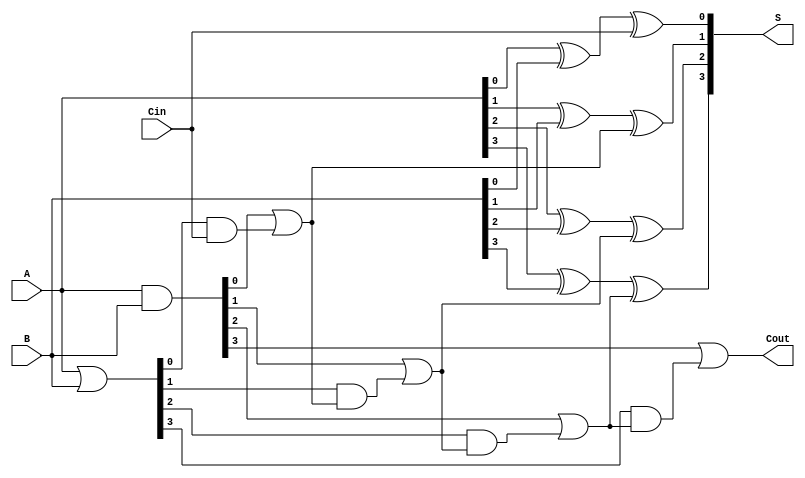
module cla4(A,B,Cin,S,Cout);


    input [3:0] A, B;
    input Cin;
    output [3:0] S;
    output Cout;

    wire [3:0] G, P;
    wire [2:0] Cout_in;

    // CLA block
    assign G = A & B;
    assign P = A | B;
    assign Cout_in[0] = G[0] | (P[0] & Cin); // used blocking assignments so 
                                             // the next statement is correct
    assign Cout_in[1] = G[1] | (P[1] & Cout_in[0]);
    assign Cout_in[2] = G[2] | (P[2] & Cout_in[1]);
    assign Cout = G[3] | (P[3] & Cout_in[2]);

    // S logic
    assign S[0] = A[0] ^ B[0] ^ Cin;
    assign S[1] = A[1] ^ B[1] ^ Cout_in[0];
    assign S[2] = A[2] ^ B[2] ^ Cout_in[1];
    assign S[3] = A[3] ^ B[3] ^ Cout_in[2];

endmodule